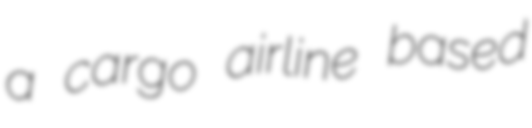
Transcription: a cargo airline based